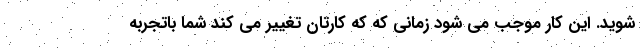
شوید. این کار موجب می شود زمانی که که کارتان تغییر می کند شما باتجربه